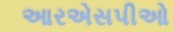
આરએસપીઓ